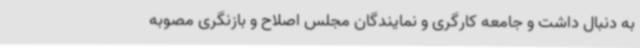
به دنبال داشت و جامعه کارگری و نمایندگان مجلس اصلاح و بازنگری مصوبه